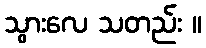
သွားလေ သတည်း ။